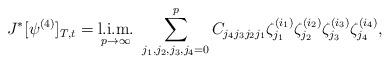
LaTeX: \begin{align*}J^{*}[\psi^{(4)}]_{T,t}=\hbox{\vtop{\offinterlineskip\halign{\hfil#\hfil\cr{\rm l.i.m.}\cr$\stackrel{}{{}_{p\to \infty}}$\cr}} }\sum\limits_{j_1, j_2, j_3,j_4=0}^{p}C_{j_4j_3 j_2 j_1}\zeta_{j_1}^{(i_1)}\zeta_{j_2}^{(i_2)}\zeta_{j_3}^{(i_3)}\zeta_{j_4}^{(i_4)},\end{align*}